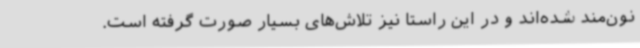
نون‌مند شده‌اند و در این راستا نیز تلاش‌های بسیار صورت گرفته است.